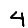
Digit: 4